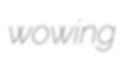
wowing